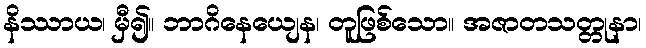
နိဿာယ၊ မှီ၍။ ဘာဂိနေယျေန၊ တူဖြစ်သော။ အဇာတသတ္တုနာ၊